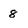
Character: 8